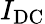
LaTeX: I_{\textrm{DC}}